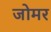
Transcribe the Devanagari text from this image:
जोमर